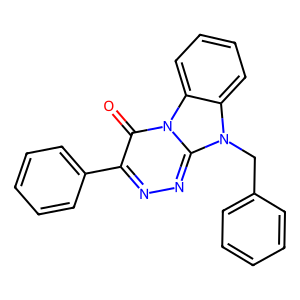
SMILES: O=c1c(-c2ccccc2)nnc2n(Cc3ccccc3)c3ccccc3n12
Inhibits HIV replication: No